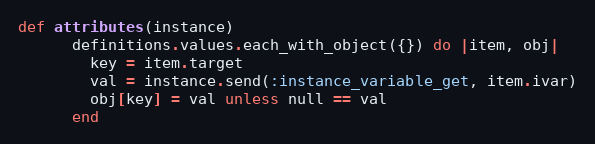
Language: Ruby
def attributes(instance)
      definitions.values.each_with_object({}) do |item, obj|
        key = item.target
        val = instance.send(:instance_variable_get, item.ivar)
        obj[key] = val unless null == val
      end